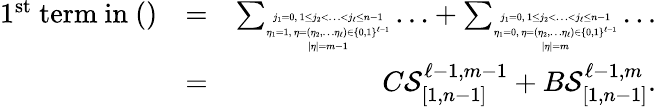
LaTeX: \begin{array}{rlr}{1^{\mathrm{st}}\mathrm{~term~in~()}}&{=}&{\sum_{\tiny\begin{array}{c}{j_{1}=0,\ 1\leq j_{2}<\ldots<j_{\ell}\leq n-1}\\ {\eta_{1}=1,\ \eta=(\eta_{2},\ldots\eta_{\ell})\in\{ 0,1\} ^{\ell-1}}\\ {|\eta|=m-1}\end{array}}\ldots+\sum_{\tiny\begin{array}{c}{j_{1}=0,\ 1\leq j_{2}<\ldots<j_{\ell}\leq n-1}\\ {\eta_{1}=0,\ \eta=(\eta_{2},\ldots\eta_{\ell})\in\{ 0,1\} ^{\ell-1}}\\ {|\eta|=m}\end{array}}\ldots}\\ &{=}&{C\mathcal{S}_{[1,n-1]}^{\ell-1,m-1}+B\mathcal{S}_{[1,n-1]}^{\ell-1,m}.}\end{array}